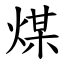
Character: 煤